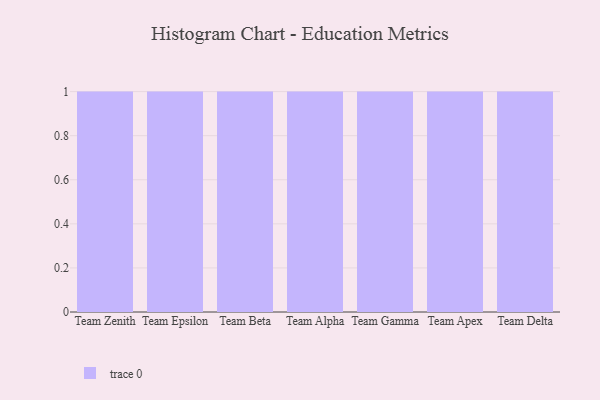
{"axis": {"x": "Team", "y": "Waste Production (Tons)"}, "legend": [""], "data": [{"x": "Team Zenith", "y": 43, "type": ""}, {"x": "Team Epsilon", "y": 1, "type": ""}, {"x": "Team Beta", "y": 55, "type": ""}, {"x": "Team Alpha", "y": 97, "type": ""}, {"x": "Team Gamma", "y": 48, "type": ""}, {"x": "Team Apex", "y": 62, "type": ""}, {"x": "Team Delta", "y": 56, "type": ""}]}